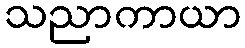
သညာကာယာ